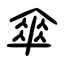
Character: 傘